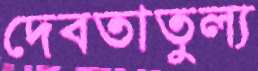
দেবতাতুল্য